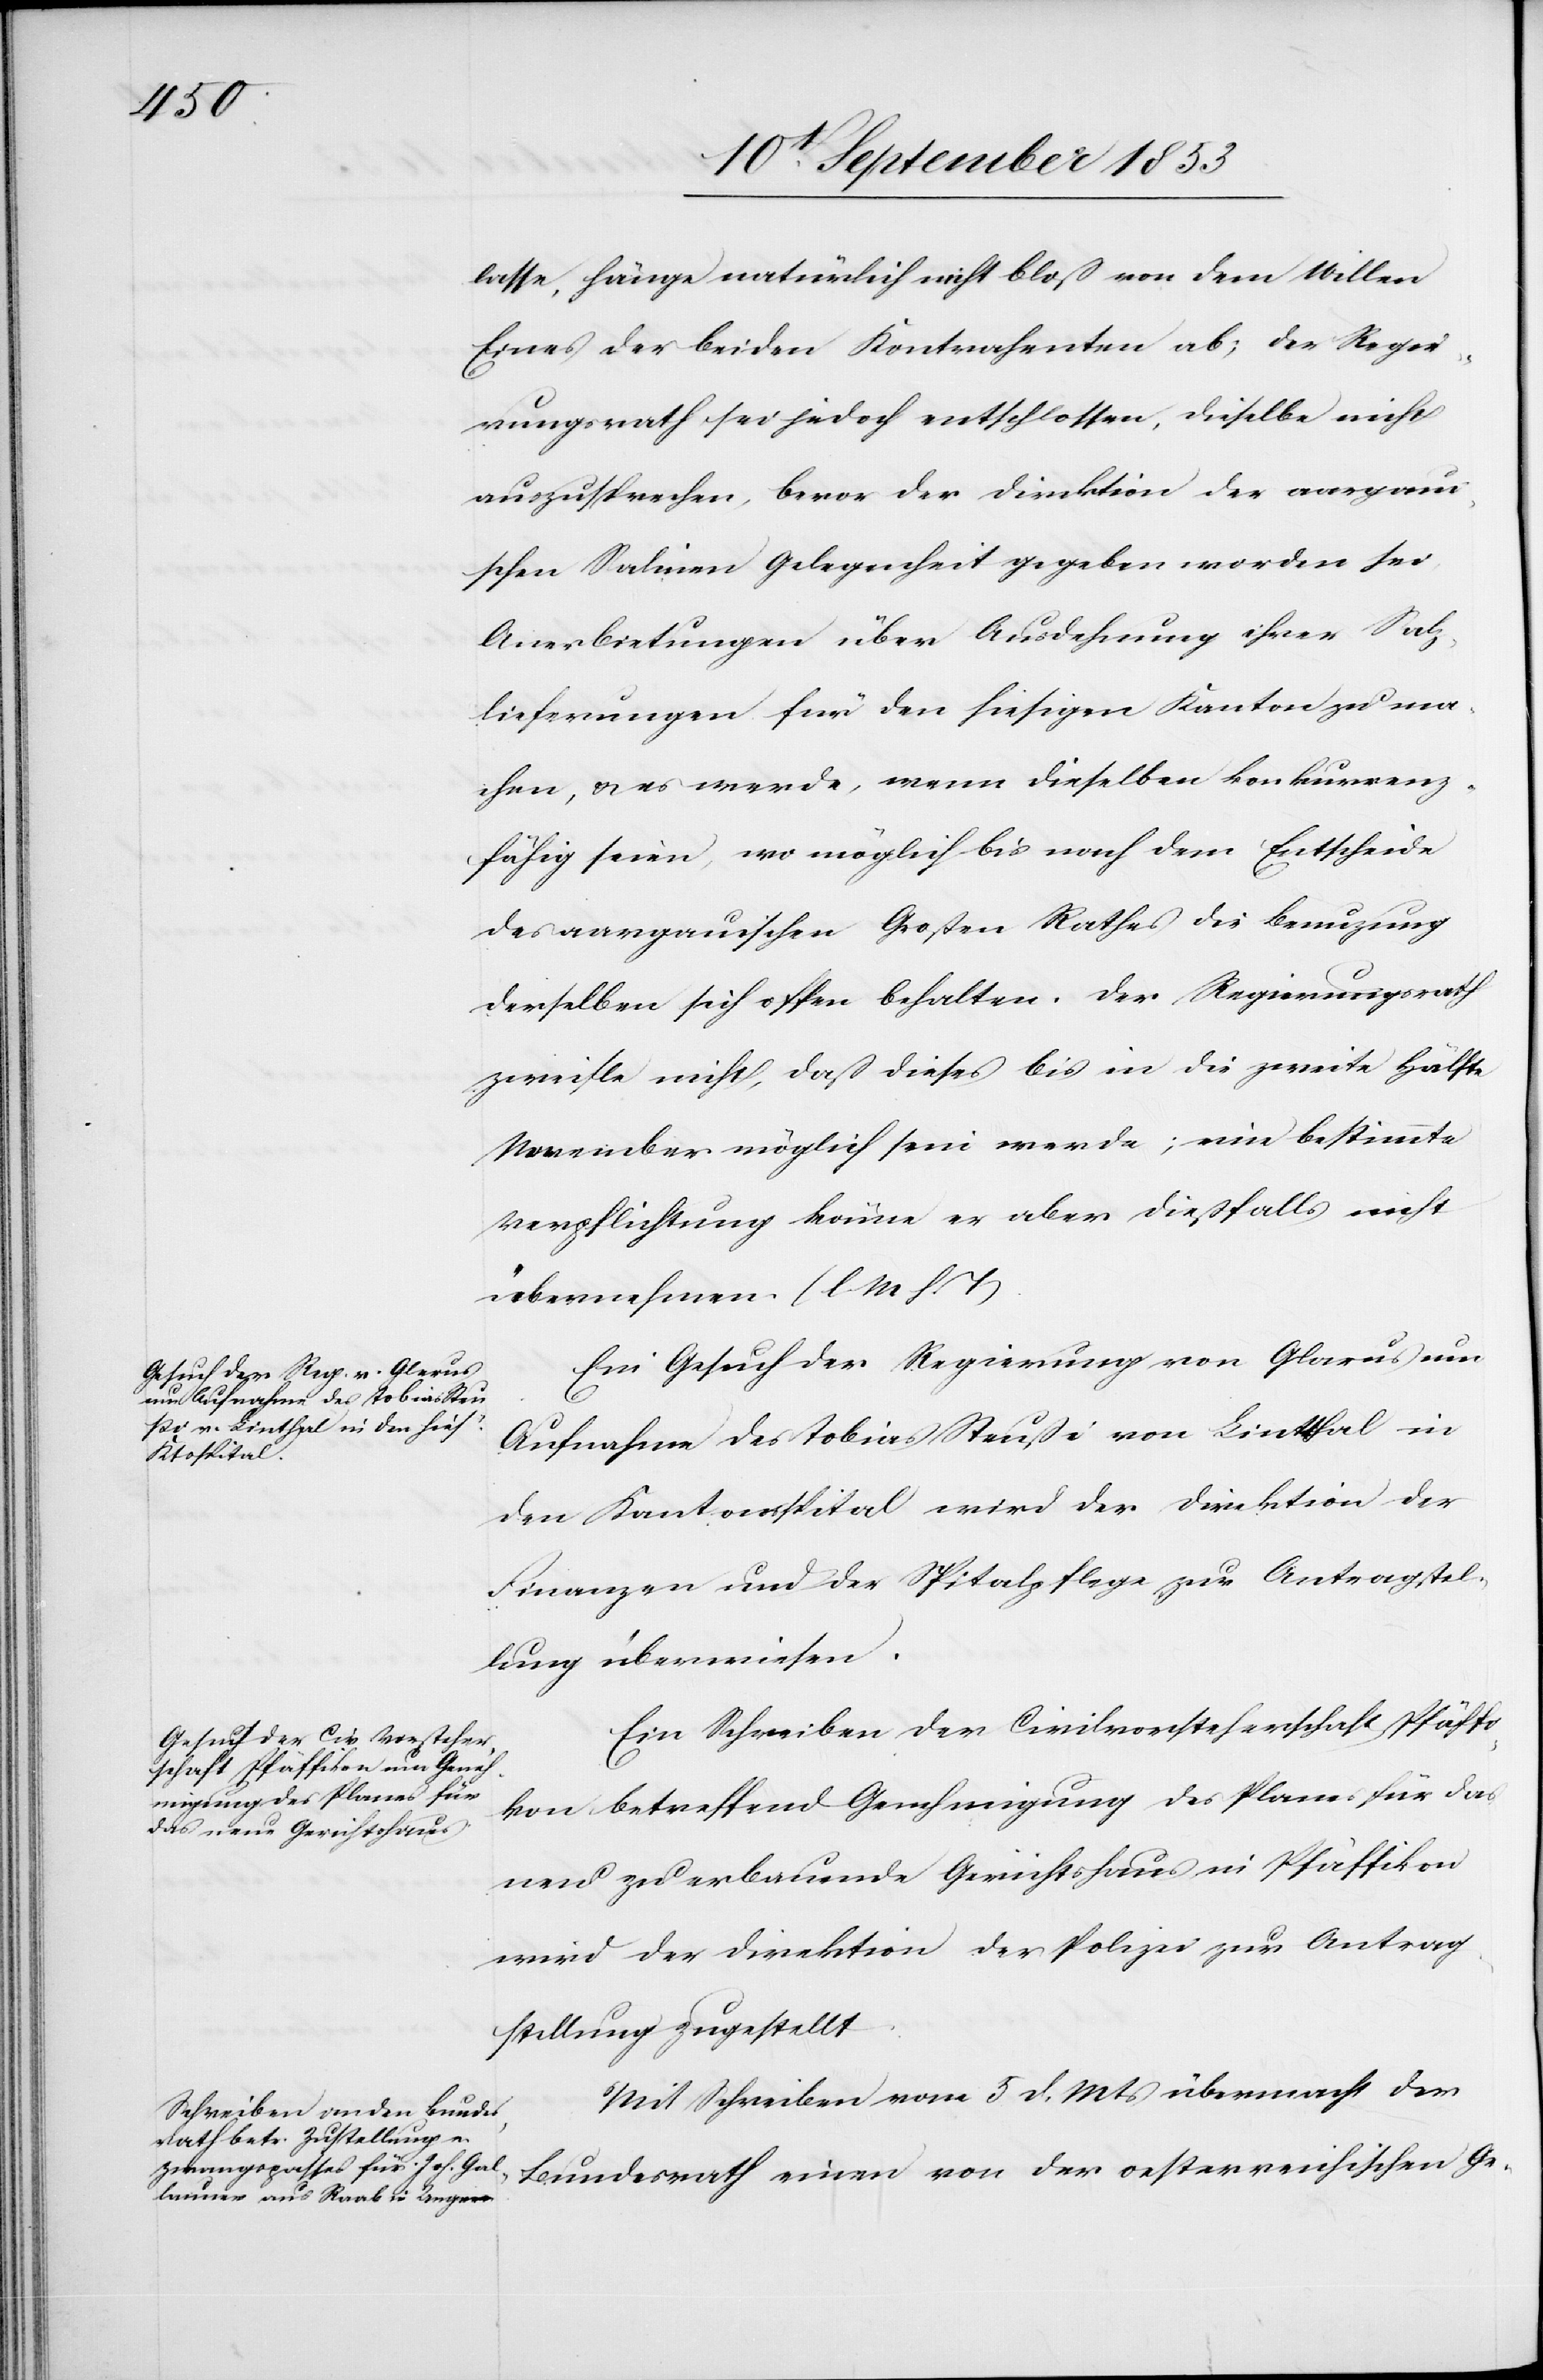
16t September 1853.]
lasse, hänge natürlich nicht bloß von dem Willen
Eines der beiden Kontrahenten ab; der Regie¬
rungsrath sei jedoch entschlossen, dieselbe nicht
auszusprechen, bevor der Direktion der aargaui¬
schen Salinen Gelegenheit gegeben worden sei
Anerbietungen über Ausdehnung ihrer Salz¬
lieferungen für den hiesigen Kanton zu ma¬
chen, u. es werde, wenn dieselben konkurrenz¬
fähig seien, wo möglich bis nach dem Entscheide
des aargauischen Großen Rathes die Benuzung
derselben sich offen behalten. Der Regierungsrath
zweifle nicht, daß dieses bis in die zweite Hälfte
November möglich sein werde; eine bestimmte
Verpflichtung könne er aber dießfalls nicht
übernehmen. [l. M. h. T]
Ein Gesuch der Regierung von Glarus um
Aufnahme des Tobias Steuße von Linthal in
den Kantonsspital wird der Direktion der
Finanzen und der Spitalpflege zur Antragstel¬
tellung überwiesen.
Ein Schreiben der Civilvorsteherschaft Pfäffi¬
kon betreffend Genehmigung des Planes für das
neu zu erbauende Gerichtshaus in Pfäffikon
wird der Direktion der Polizei zur Antrags¬
Mit Schreiben vom 5 d. Mts. übermacht der
Bundesrath einen von der oesterreichischen Ge-